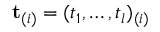
\mathbf { t } _ { ( i ) } = ( t _ { 1 } , \dots , t _ { l } ) _ { ( i ) }